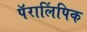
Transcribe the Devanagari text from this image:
पॅरालिंपिक